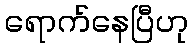
ရောက်နေပြီဟု